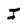
Character: I